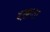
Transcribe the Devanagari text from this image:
बख़्शता